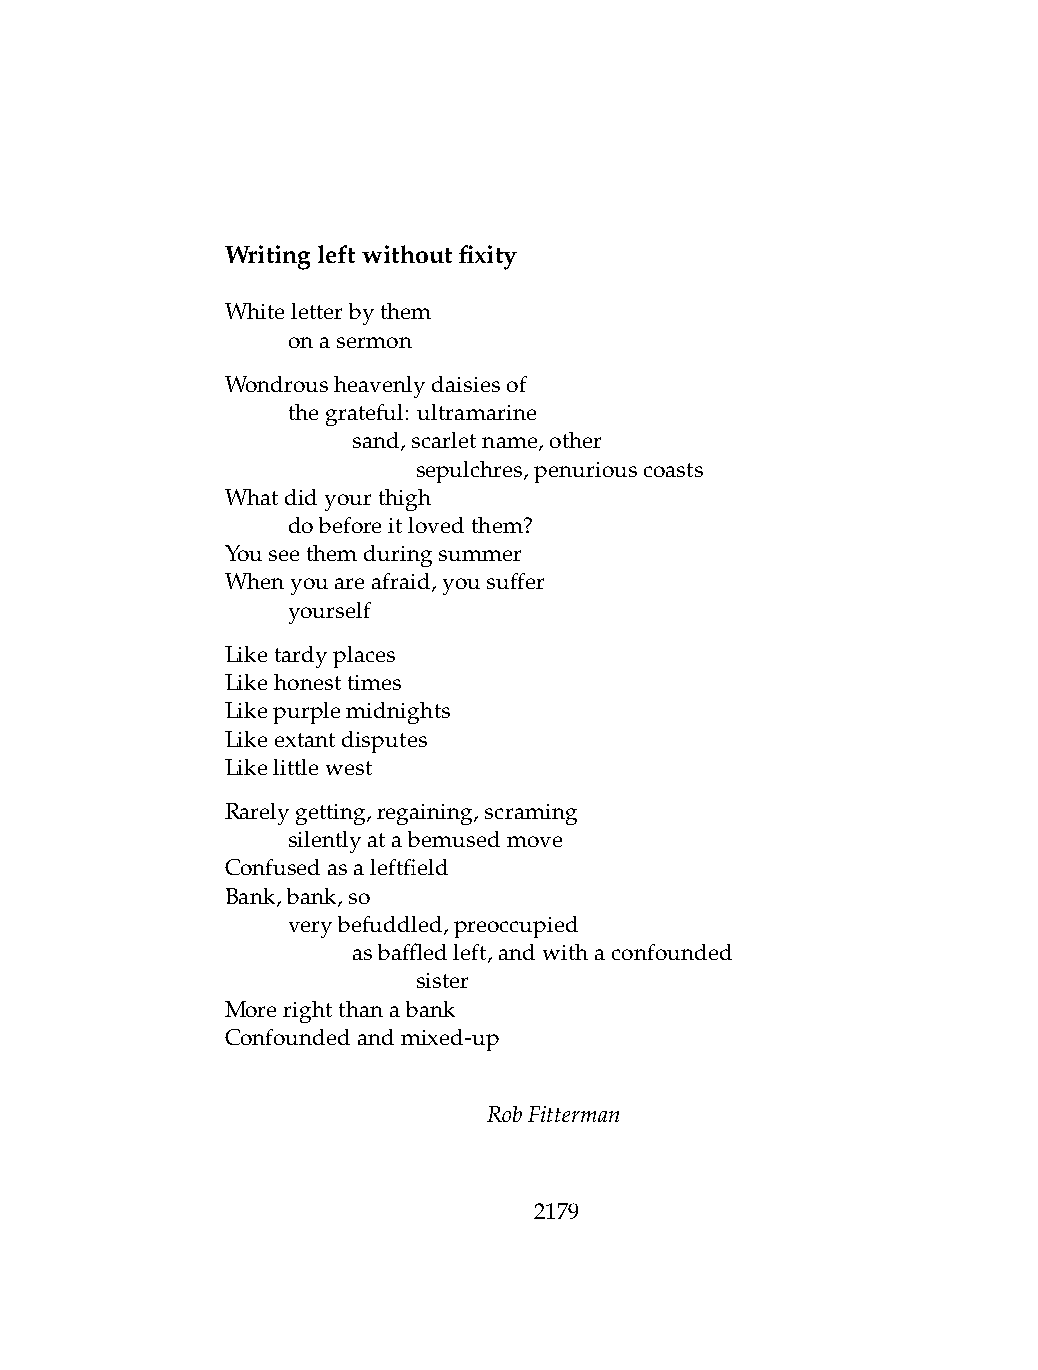
Writingleftwithoutfixity
 Whiteletterbythem
 .   onasermon
 Wondrousheavenlydaisiesof
 .   thegrateful: ultramarine
 .   .   sand,scarletname,other
 .   .   .    sepulchres,penuriouscoasts
 Whatdidyourthigh
 .   dobeforeitlovedthem?
 Youseethemduringsummer
 Whenyouareafraid,yousuffer
 .   yourself
 Liketardyplaces
 Likehonesttimes
 Likepurplemidnights
 Likeextantdisputes
 Likelittlewest
 Rarelygetting,regaining,scraming
 .   silentlyatabemusedmove
 Confusedasaleftfield
 Bank,bank,so
 .   verybefuddled,preoccupied
 .   .   asbaffledleft,andwithaconfounded
 .   .   .    sister
 Morerightthanabank
 Confoundedandmixed-up
 RobFitterman
 2179